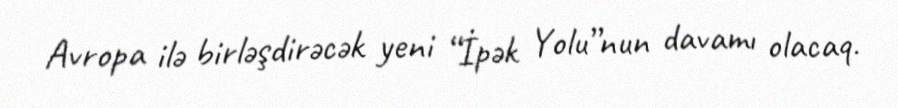
Avropa ilə birləşdirəcək yeni “İpək Yolu”nun davamı olacaq.